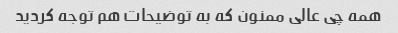
همه چی عالی ممنون که به توضیحات هم توجه کردید